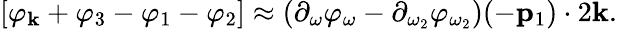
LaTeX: \begin{array}{r}{\left[{\varphi_{\mathbf k}}+{\varphi_{3}}-{\varphi_{1}}-{\varphi_{2}}\right]\approx\left(\partial_{\omega}\varphi_{\omega}-\partial_{\omega_{2}}\varphi_{\omega_{2}}\right)(-{\mathbf p}_{1})\cdot 2{\mathbf k}.}\end{array}